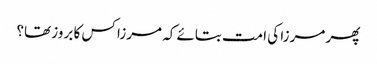
پھر مرزا کی امت بتائے کہ مرزا کس کا بروز تھا؟